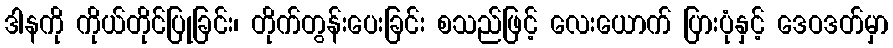
ဒါနကို ကိုယ်တိုင်ပြုခြင်း၊ တိုက်တွန်းပေးခြင်း စသည်ဖြင့် လေးယောက် ပြားပုံနှင့် ဒေဝဒတ်မှာ